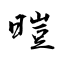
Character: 暟